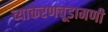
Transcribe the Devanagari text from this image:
व्याकरणचूडामणी